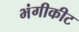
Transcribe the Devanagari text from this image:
भंगीकीट